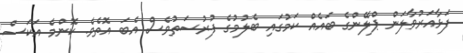
ފަޅާއަރުވާލަން ޕްލޭންގެ ބައެއް ކަމުގައި ބެލުމުގެ ފުރުސަތުވެސް އެބަ އޮތެވެ. ކޮންމެ އަކަސް